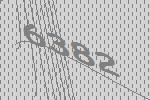
6382